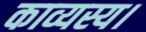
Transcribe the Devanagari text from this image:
काव्यस्य।